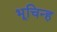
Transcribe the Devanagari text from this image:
भूचिन्ह